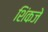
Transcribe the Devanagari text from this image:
शिंकजे